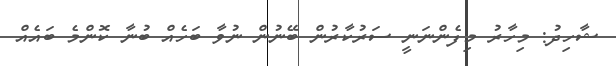
ޝާހިދު: މިހާރު މިފެންނަނީ ސަރުކާރުން ބޭނުން ނުވާ ބަހެއް ބުނާ ކޮންމެ ބައެއް